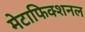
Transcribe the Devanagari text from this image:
मेटाफिक्शनल